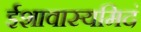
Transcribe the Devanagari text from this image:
ईशावास्यमिदं